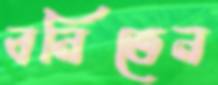
বনিতেন